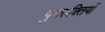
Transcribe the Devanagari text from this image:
पुनरुक्तियों